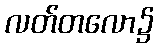
လတ်တလော၌